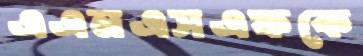
এএনএসএফকে